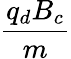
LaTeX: \frac{q_{d}B_{c}}{m}